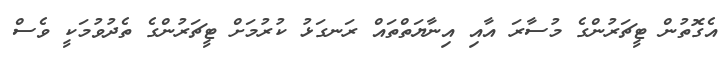
އެގޮތުން ޓީޗަރުންގެ މުސާރަ އާއި އިނާޔަތްތައް ރަނގަޅު ކުރުމަށް ޓީޗަރުންގެ ތެދުވުމަކީ ވެސް